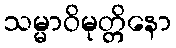
သမ္မာဝိမုတ္တိနော